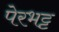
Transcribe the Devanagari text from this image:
पेरभट्ट